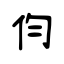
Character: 伨